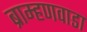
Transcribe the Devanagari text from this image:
ब्राम्हणवाडा